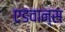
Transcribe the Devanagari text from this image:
एडवान्स